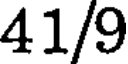
41/9